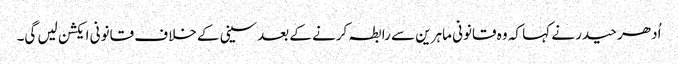
اُدھر حیدر نے کہا کہ وہ قانونی ماہرین سے رابطہ کرنے کے بعدسینی کے خلاف قانونی ایکشن لیں گی۔